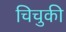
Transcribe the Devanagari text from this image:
चिचुकी